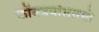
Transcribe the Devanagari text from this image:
कोंबडयांसारखे